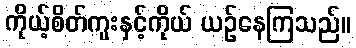
ကိုယ့်စိတ်ကူးနှင့်ကိုယ် ယဉ်နေကြသည်။